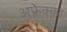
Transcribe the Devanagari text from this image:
अफ्रेक्का